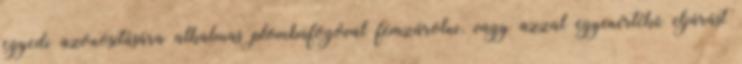
egyedi azonosítására alkalmas plombafogóval fémzárolni, vagy azzal egyenértékû eljárást